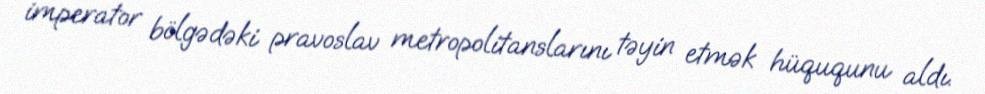
imperator bölgədəki pravoslav metropolitanslarını təyin etmək hüququnu aldı.